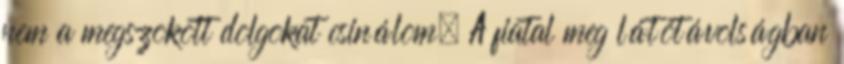
nem a megszokott dolgokat csinálom. A fiatal meg látótávolságban